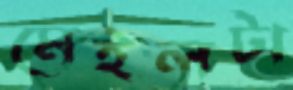
মেইলটা